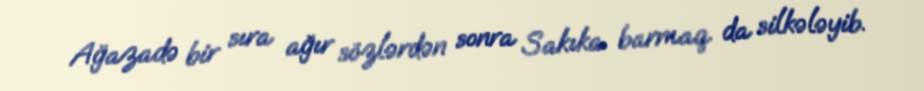
Ağazadə bir sıra ağır sözlərdən sonra Sakıka barmaq da silkələyib.